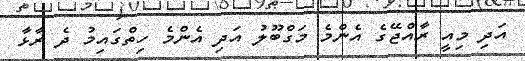
އަދި މިއީ ރާއްޖޭގެ އެންމެ މަގްބޫލު އަދި އެންމެ ހިތްގައިމު ދެ ރާޅާ